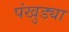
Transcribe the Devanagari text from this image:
पंखुड्या